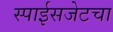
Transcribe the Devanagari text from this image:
स्पाईसजेटचा